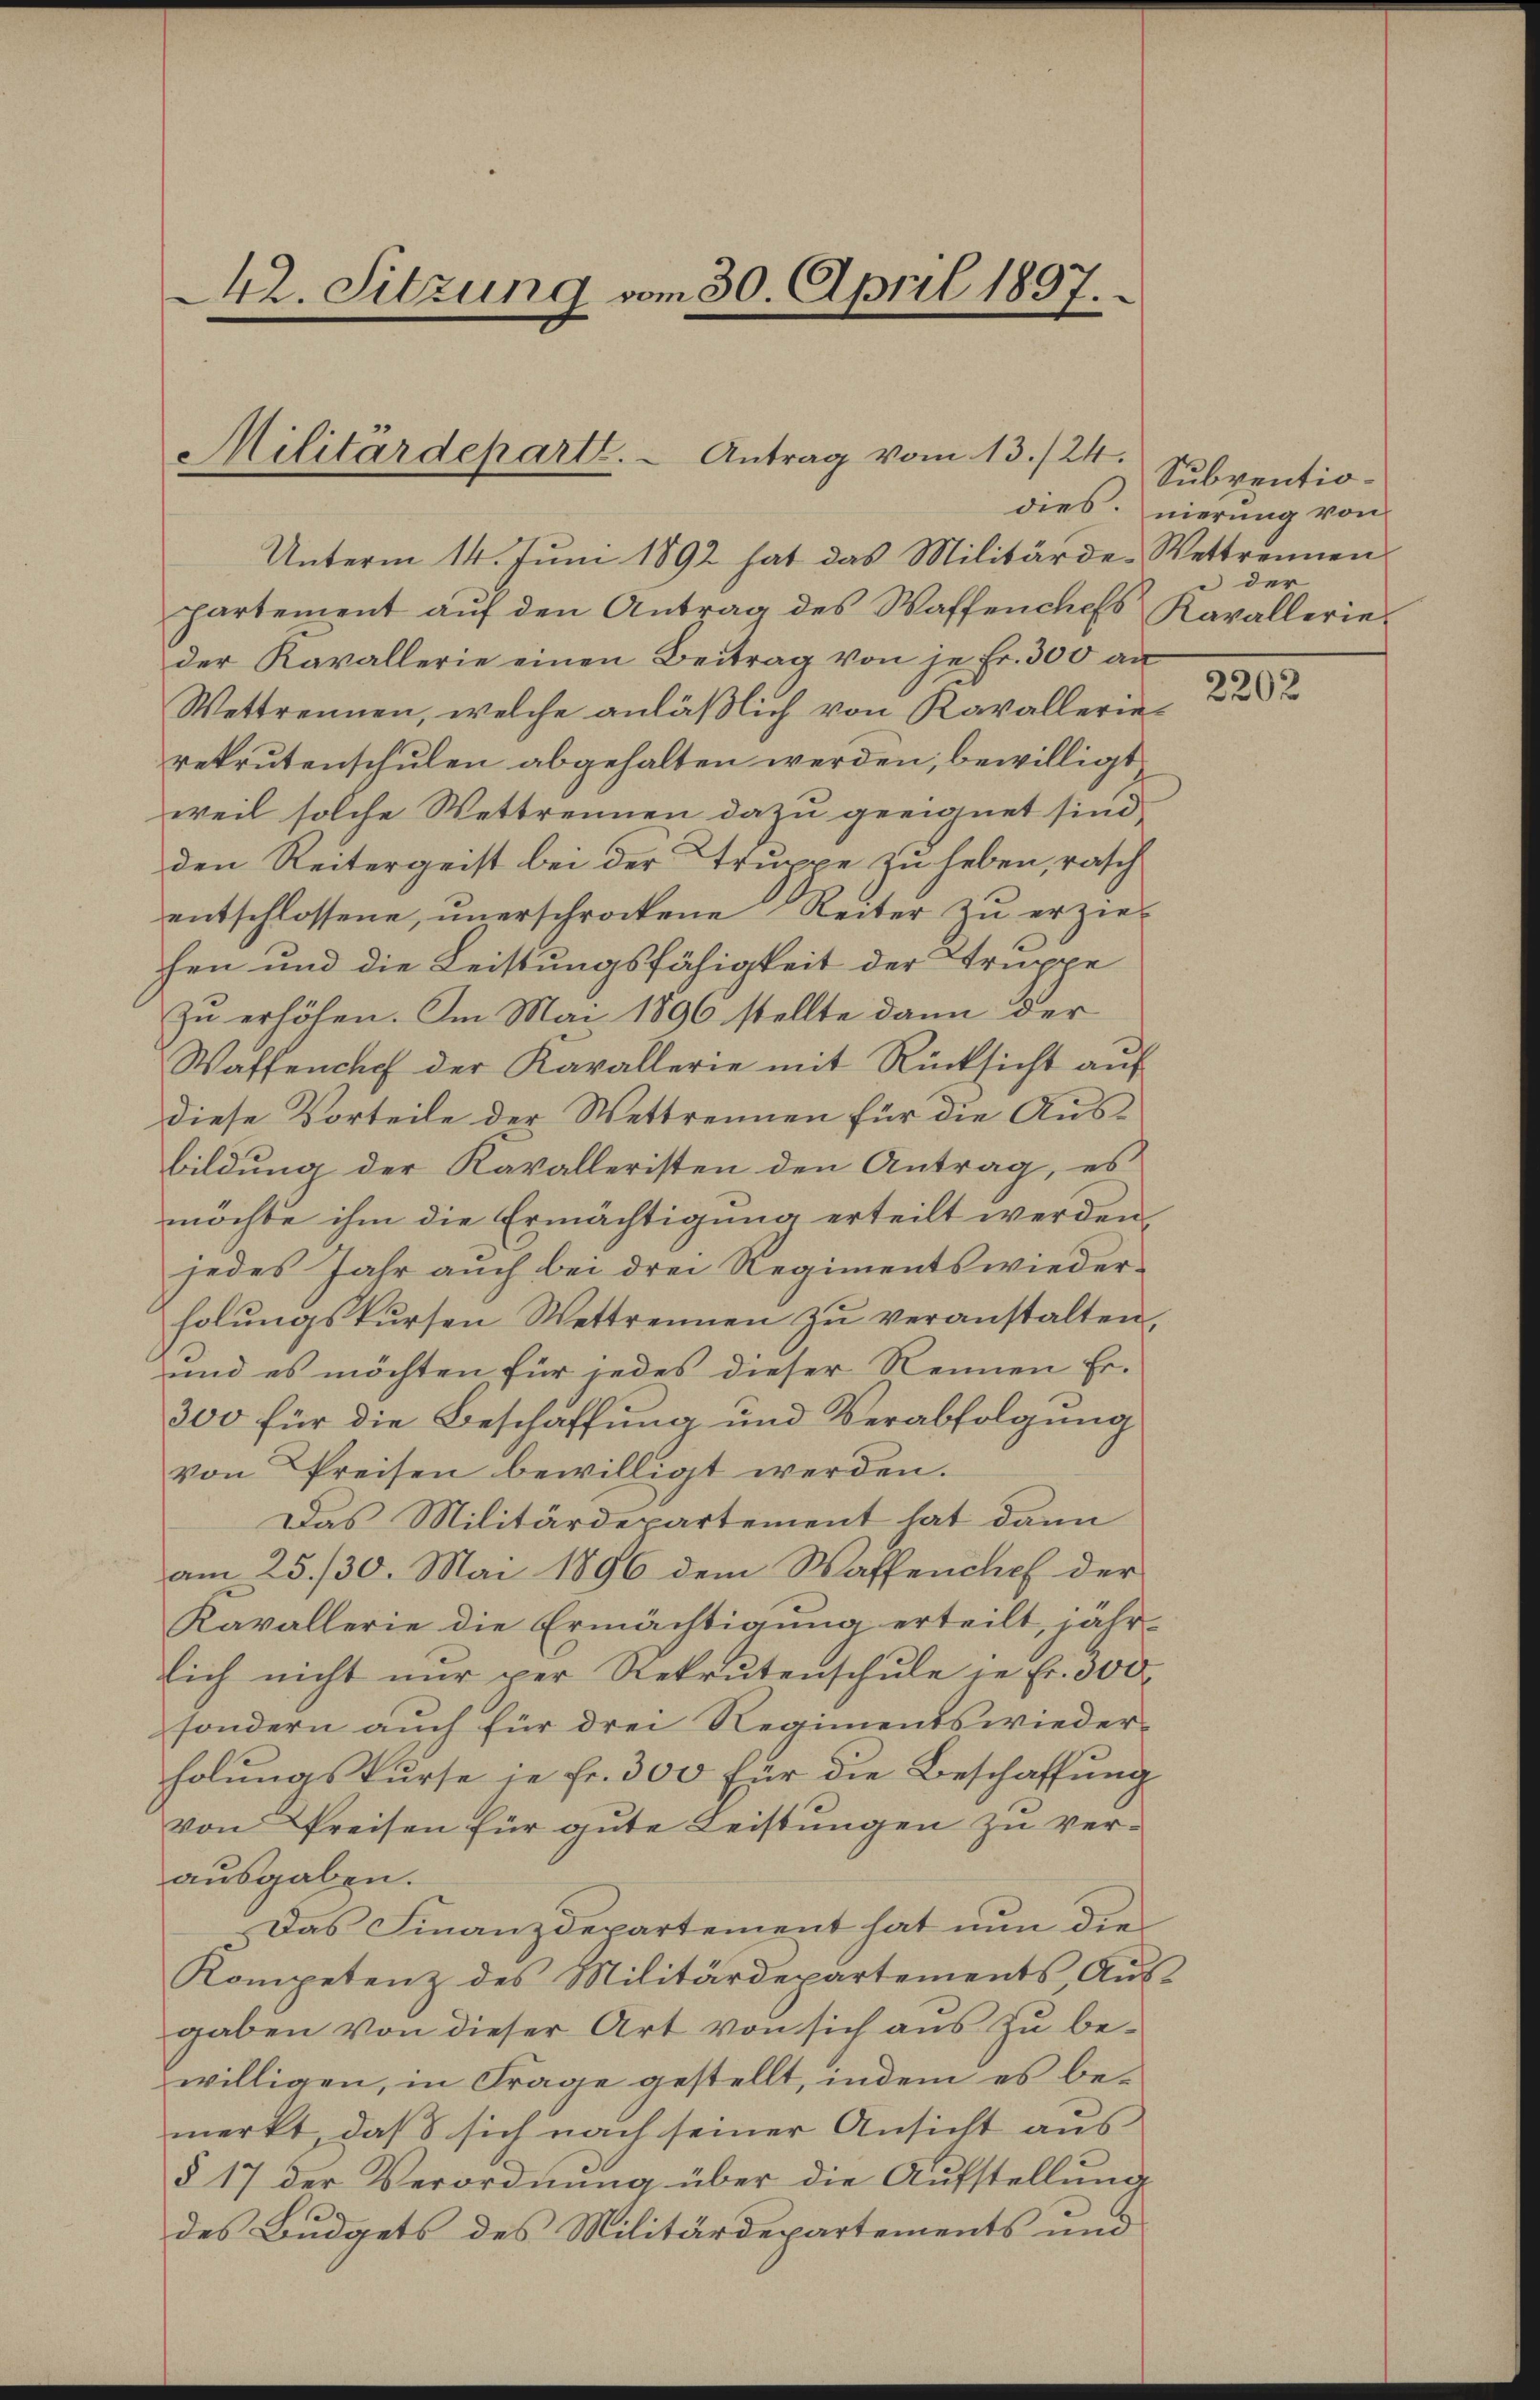
42. Sitzung vom 30. April 1897.

Militärdeparte. - Antrag vom 13./24.

Unterm 14. Juni 1892 hat das Militärde-Wettrennen
partement auf den Antrag des Waffenchefs Kavallerieder Kavallerie einen Beitrag von je Fr. 300 an
Wettrennen, welche anläßlich von Kavallerierekrutenschulen abgehalten werden, bewilligt
weil solche Wettrennen dazu geeignet sind,
den Reitergeist bei der Truppe zu heben, rasch
entschlossene ŭnerschrockene Reiter zŭ erziel
hen und die Leistungsfähigkeit der Truppe
zu erhöhen. Im Mai 1896 stellte dann der
Waffenbach der Kavallerie mit Rücksicht aŭf
diese Vorteile der Wettrennen für die Ausbildung der Kavalleristen den Antrag, es
möchte ihm die Ermächtigung erteilt werden,
jedes Jahr auch bei drei Regiments wiederholungskursen Wettrennen zu veranstalten,
und es möchten für jedes dieser Rennen Er-
300 für die Beschaffung und Verabfolgung
von Preisen bewilligt werden.
Das Militärdepartement hat dann
am 25. 130. Mai 1896 dem Waffenchef der
Kavallerie die Ermächtigŭng erteilt, jähr-
lich nicht nur per Rekrutenschule je Fr. 300.
sondern auch für drei Regiments wiederholungskurse in Fr. 300 für die Beschaffung
von Preisen für gute Leistungen zu verausgaben.
Das Finanzdepartement hat nun die
Kompetenz des Militärdepartements, Ausgaben von dieser Art von sich aus zu bewilligen, in Frage gestellt, indem es bemerkt, daß sich nach seiner Ansicht aus¬
§ 17 der Verordnung über die Aufstellung
des Budgets des Militärdepartements und

Subventiodies. nierung von
 der

2202